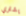
يشتري